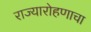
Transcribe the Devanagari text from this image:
राज्यारोहणाचा